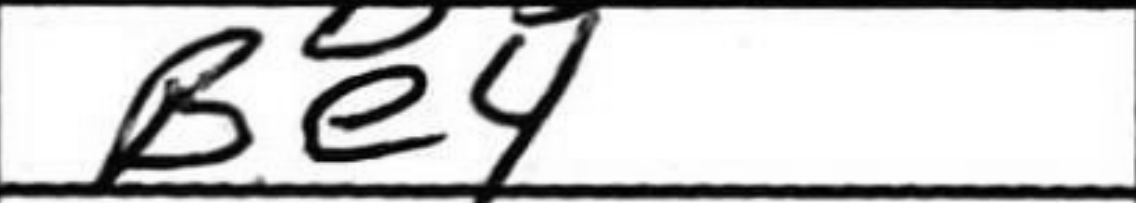
Transcription: Be4